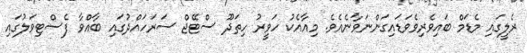
ރެލީގައި މެޑަމް ބައިވެރިވެވަޑައިގަންނަވާނެއެވެ. މިއާއެކު ހަވީރު ހިތަދޫ ސްޓޭޖް ސަރަހައްދުގައި ބާއްވާ ފެސްޓިވަލުގައި